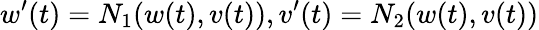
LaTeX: w^{\prime}(t)=N_{1}(w(t),v(t)),v^{\prime}(t)=N_{2}(w(t),v(t))